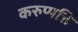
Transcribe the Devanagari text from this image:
करुप्पत्ति